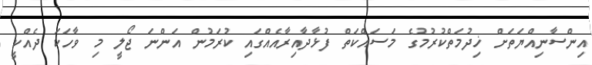
އިންސާނިއްޔަތަށް ޚިދުމަތްކުރުމުގެ މަސައްކަތް ފުޅާދާއިރާއެއްގައި ކުރަމުން އަންނަ ޖޯލީ މި ވާހަކަ ދެއްކީ